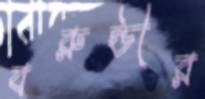
বরুন্ডীর